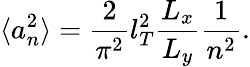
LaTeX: \langle a_{n}^{2}\rangle=\frac{2}{\pi^{2}}l_{T}^{2}\frac{L_{x}}{L_{y}}\frac{1}{n^{2}}.